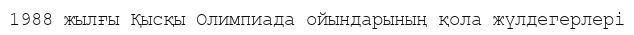
1988 жылғы Қысқы Олимпиада ойындарының қола жүлдегерлері